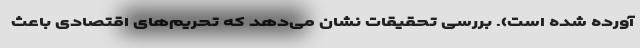
آورده شده است). بررسی تحقیقات نشان می‌دهد که تحریم‌های اقتصادی باعث